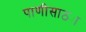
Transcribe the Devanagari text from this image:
पाणीसाठ्या